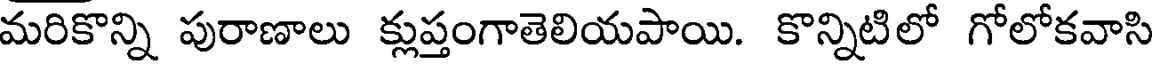
మరికొన్ని పురాణాలు క్లుప్తంగాతెలియపాయి. కొన్నిటిలో గోలోకవాసి